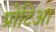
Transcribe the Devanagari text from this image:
प्रोटिआ